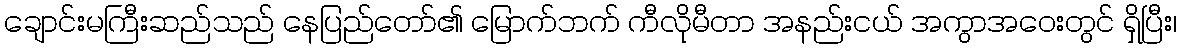
ချောင်းမကြီးဆည်သည် နေပြည်တော်၏ မြောက်ဘက် ကီလိုမီတာ အနည်းငယ် အကွာအဝေးတွင် ရှိပြီး၊